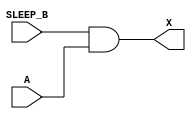
module sky130_fd_sc_hvl__lsbuflv2hv_isosrchvaon (
    X      ,
    A      ,
    SLEEP_B
);

    // Module ports
    output X      ;
    input  A      ;
    input  SLEEP_B;

    // Module supplies
    supply1 VPWR ;
    supply0 VGND ;
    supply1 LVPWR;
    supply1 VPB  ;
    supply0 VNB  ;

    // Local signals
    wire SLEEP     ;
    wire and0_out_X;

    //  Name  Output      Other arguments
    not not0 (SLEEP     , SLEEP_B        );
    and and0 (and0_out_X, SLEEP_B, A     );
    buf buf0 (X         , and0_out_X     );

endmodule